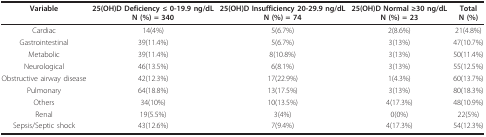
| Variable | 25(OH)D Deficiency ≤ 0-19.9 ng/dLN (%) = 340 | 25(OH)D Insufficiency 20-29.9 ng/dLN (%) = 74 | 25(OH)D Normal ≥30 ng/dLN (%) = 23 | TotalN (%) |
 | --- | --- | --- | --- | --- |
 | Cardiac | 14(4%) | 5(6.7%) | 2(8.6%) | 21(4.8%) |
 | Gastrointestinal | 39(11.4%) | 5(6.7%) | 3(13%) | 47(10.7%) |
 | Metabolic | 39(11.4%) | 8(10.8%) | 3(13%) | 50(11.4%) |
 | Neurological | 46(13.5%) | 6(8.1%) | 3(13%) | 55(12.5%) |
 | Obstructive airway disease | 42(12.3%) | 17(22.9%) | 1(4.3%) | 60(13.7%) |
 | Pulmonary | 64(18.8%) | 13(17.5%) | 3(13%) | 80(18.3%) |
 | Others | 34(10%) | 10(13.5%) | 4(17.3%) | 48(10.9%) |
 | Renal | 19(5.5%) | 3(4%) | 0(0%) | 22(5%) |
 | Sepsis/Septic shock | 43(12.6%) | 7(9.4%) | 4(17.3%) | 54(12.3%) |